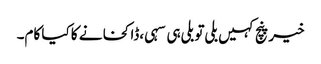
خیر پنچ کہیں بلی تو بلی ہی سہی ،ڈاکخانے کا کیا کام۔